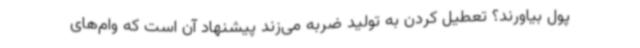
پول بیاورند؟ تعطیل کردن به تولید ضربه می‌زند پیشنهاد آن است که وام‌های